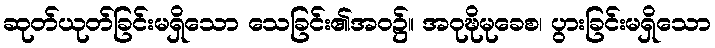
ဆုတ်ယုတ်ခြင်းမရှိသော သေခြင်း၏အဝ၌။ အဝုဍ္ဎိမုခေစ၊ ပွားခြင်းမရှိသော